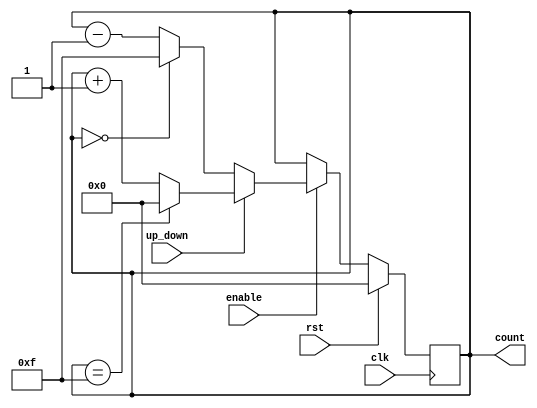
module upDown_counter (
    input clk,
    input rst,
    input up_down, // 1 for counting up, 0 for counting down
    input enable,
    output reg [3:0] count
    );

    always @(posedge clk) begin
        if (rst) begin
            count <= 4'b0000;
        end
        else begin
            if (enable) begin
                if (up_down) begin
                    if (count == 4'b1111) begin
                        count <= 4'b0000;
                    end
                    else begin
                        count <= count + 1;
                    end
                end
                else begin
                    if (count == 4'b0000) begin
                        count <= 4'b1111;
                    end
                    else begin
                        count <= count - 1;
                    end
                end
            end
        end
    end
endmodule